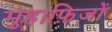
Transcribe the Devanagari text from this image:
मुहाफ़िज़ों